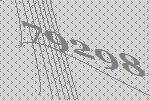
79298